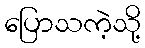
ပြောသကဲ့သို့